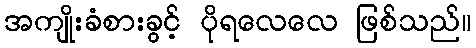
အကျိုးခံစားခွင့် ပိုရလေလေ ဖြစ်သည်။